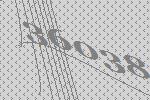
36038